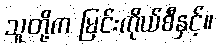
သူတို့က မြင်းကိုယ်စီနှင့်။